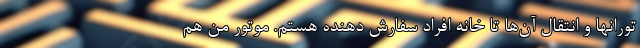
تورانها و انتقال آن‌ها تا خانه افراد سفارش دهنده هستم. موتور من هم